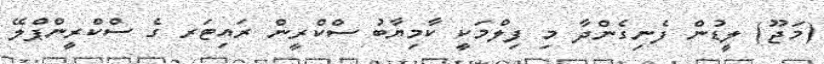
(މަޖޫ) ލީޑުން ފެނިގެންދާ މި ފިލްމަކީ ކާމިޔާބު ސްކްރީން ރައިޓަރ ގެ ސްކްރީންޕްލޭ